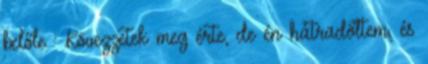
belőle : Kövezzetek meg érte, de én hátradőltem, és